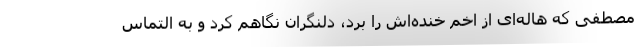
مصطفی که هاله‌ای از اخم خنده‌اش را برد، دلنگران نگاهم کرد و به التماس